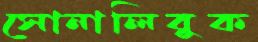
সোনালিবুক